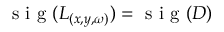
\textrm { s i g } ( L _ { ( x , y , \omega ) } ) = \textrm { s i g } ( D )